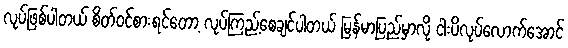
လုပ်ဖြစ်ပါတယ် စိတ်ဝင်စားရင်တော့ လုပ်ကြည့်စေချင်ပါတယ် မြန်မာပြည်မှာလို ငါးပိလုပ်လောက်အောင်